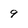
Character: 9